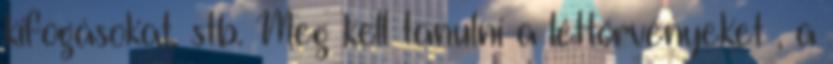
kifogásokat, stb. Meg kell tanulni a léttörvényeket , a